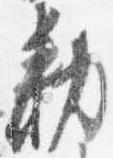
勅